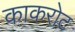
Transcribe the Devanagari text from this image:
काकरोट